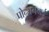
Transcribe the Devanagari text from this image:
पोन्सनबाई